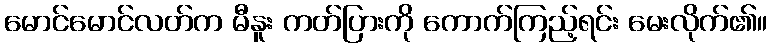
မောင်မောင်လတ်က မီနူး ကတ်ပြားကို ကောက်ကြည့်ရင်း မေးလိုက်၏။